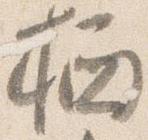
栖